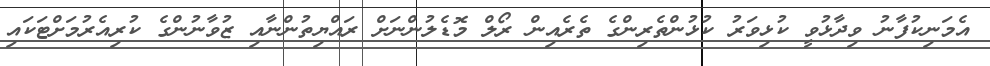
އެމަނިކުފާނު ވިދާޅުވީ ކުޅިވަރު ކުޅުންތެރިންގެ ތެރެއިން ރޯލް މޮޑެލުންނަށް ރައްޔިތުންނާއި ޒުވާނުންގެ ކުރިއެރުމަށްޓަކައި